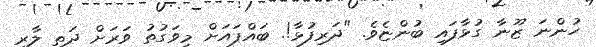
ހުންނަ ޒޫނާ ގުޅާފައި ބުންޏެވެ. "ދަރިފުޅާ!. ބައްޕައަށް މިވަގުތު ވަރަށް ދަތި ލާރި